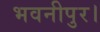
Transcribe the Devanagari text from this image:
भवनीपुर।